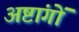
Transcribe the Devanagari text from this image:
अष्टांगों